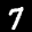
Label: 7